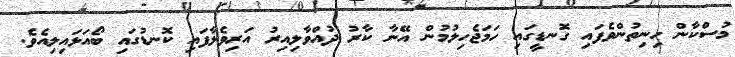
މުސްކާން ހިނިތުންވެފައި ގޮނޑީގައި ހަމަޖެހިލުމުން އޭނާ ކާރު ދުއްވާލިއިރު އަރިވެލާފައި ކޮނޑުގައި ބޯއަޅައިލިއެވެ.